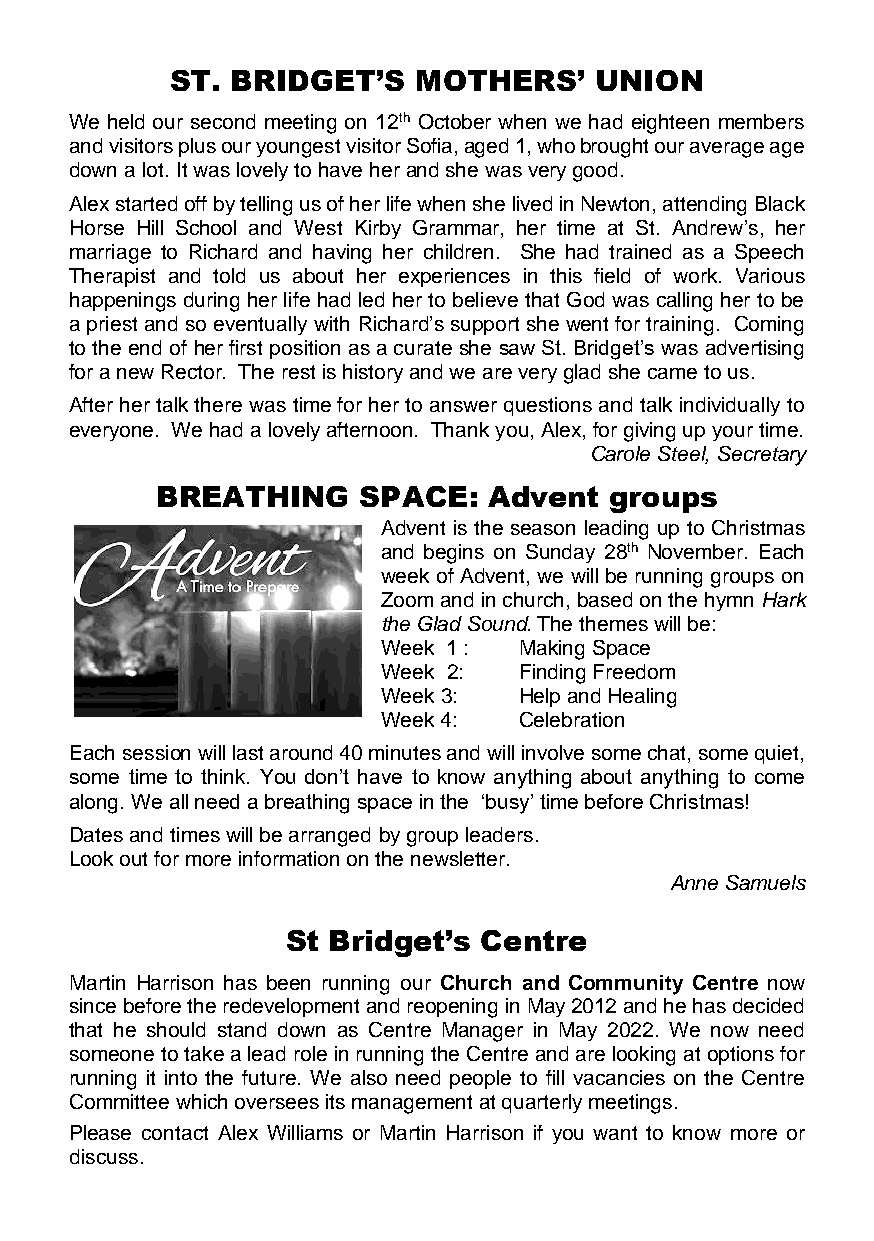
ST. BRIDGET’S    MOTHERS’   UNION
 We held our second meeting on 12th October when we had eighteen members
 and visitors plus our youngest visitor Sofia, aged 1, who brought our average age
 down a lot. It was lovely to have her and she was very good.
 Alex started off by telling us of her life when she lived in Newton, attending Black
 Horse Hill School and West Kirby Grammar, her time at St. Andrew’s, her
 marriage to Richard and having her children. She had trained as a Speech
 Therapist and told us about her experiences in this field of work. Various
 happenings during her life had led her to believe that God was calling her to be
 a priest and so eventually with Richard’s support she went for training. Coming
 to the end of her first position as a curate she saw St. Bridget’s was advertising
 for a new Rector. The rest is history and we are very glad she came to us.
 After her talk there was time for her to answer questions and talk individually to
 everyone. We had a lovely afternoon. Thank you, Alex, for giving up your time.
 Carole Steel, Secretary
 BREATHING     SPACE:  Advent  groups
 Advent is the season leading up to Christmas
 and begins on Sunday 28th November. Each
 week of Advent, we will be running groups on
 Zoom and in church, based on the hymn Hark
 the Glad Sound. The themes will be:
 Week 1 : Making Space
 Week 2:  Finding Freedom
 Week 3:  Help and Healing
 Week 4:  Celebration
 Each session will last around 40 minutes and will involve some chat, some quiet,
 some time to think. You don’t have to know anything about anything to come
 along. We all need a breathing space in the ‘busy’ time before Christmas!
 Dates and times will be arranged by group leaders.
 Look out for more information on the newsletter.
 Anne Samuels
 St Bridget’s Centre
 Martin Harrison has been running our Church and Community Centre now
 since before the redevelopment and reopening in May 2012 and he has decided
 that he should stand down as Centre Manager in May 2022. We now need
 someone to take a lead role in running the Centre and are looking at options for
 running it into the future. We also need people to fill vacancies on the Centre
 Committee which oversees its management at quarterly meetings.
 Please contact Alex Williams or Martin Harrison if you want to know more or
 discuss.